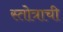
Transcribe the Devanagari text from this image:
स्तोत्राची